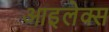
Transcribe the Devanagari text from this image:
आइलेक्स